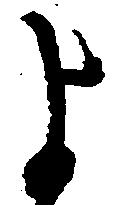
よ